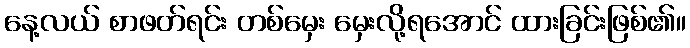
နေ့လယ် စာဖတ်ရင်း တစ်မှေး မှေးလို့ရအောင် ထားခြင်းဖြစ်၏။